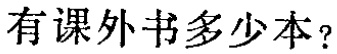
有课外书多少本？